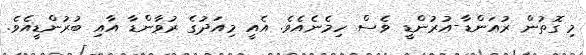
މި ގޮތުން ރުއަންޑާ-އުރުންޑީ ވެސް ހިމެނެއެވެ. އެއީ މިއަދުގެ ރުވާންޑާ އާއި ބުރުންޑީއެވެ.